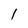
Character: l